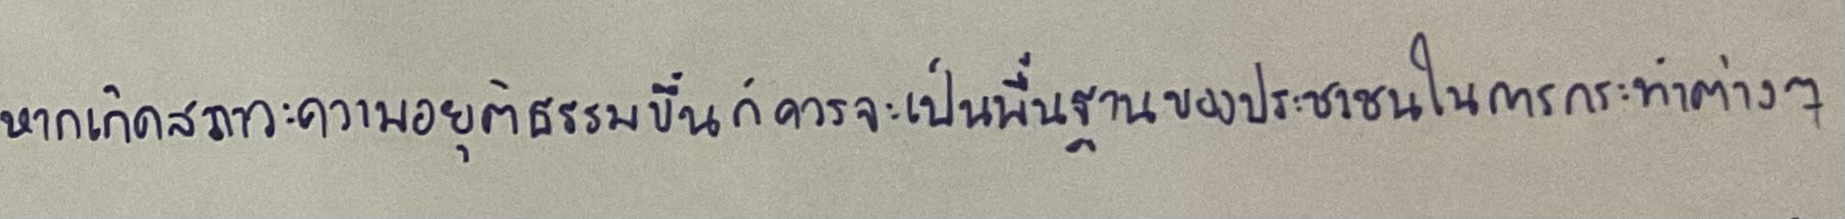
หากเกิดสภาวะความอยุติธรรมขึ้นก็ควรจะเป็นพื้นฐานของประชาชนในการกระทำต่างๆ